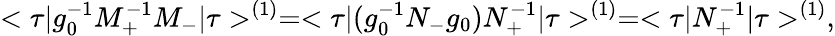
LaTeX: <\tau\vert g_{0}^{-1}M_{+}^{-1}M_{-}\vert\tau>^{(1)}=<\tau\vert(g_{0}^{-1}N_{-}g_{0})N_{+}^{-1}\vert\tau>^{(1)}=<\tau\vert N_{+}^{-1}\vert\tau>^{(1)},